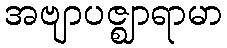
အဗျာပဇ္ဈာရာမာ